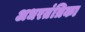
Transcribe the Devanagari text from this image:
अधरतंत्रिका